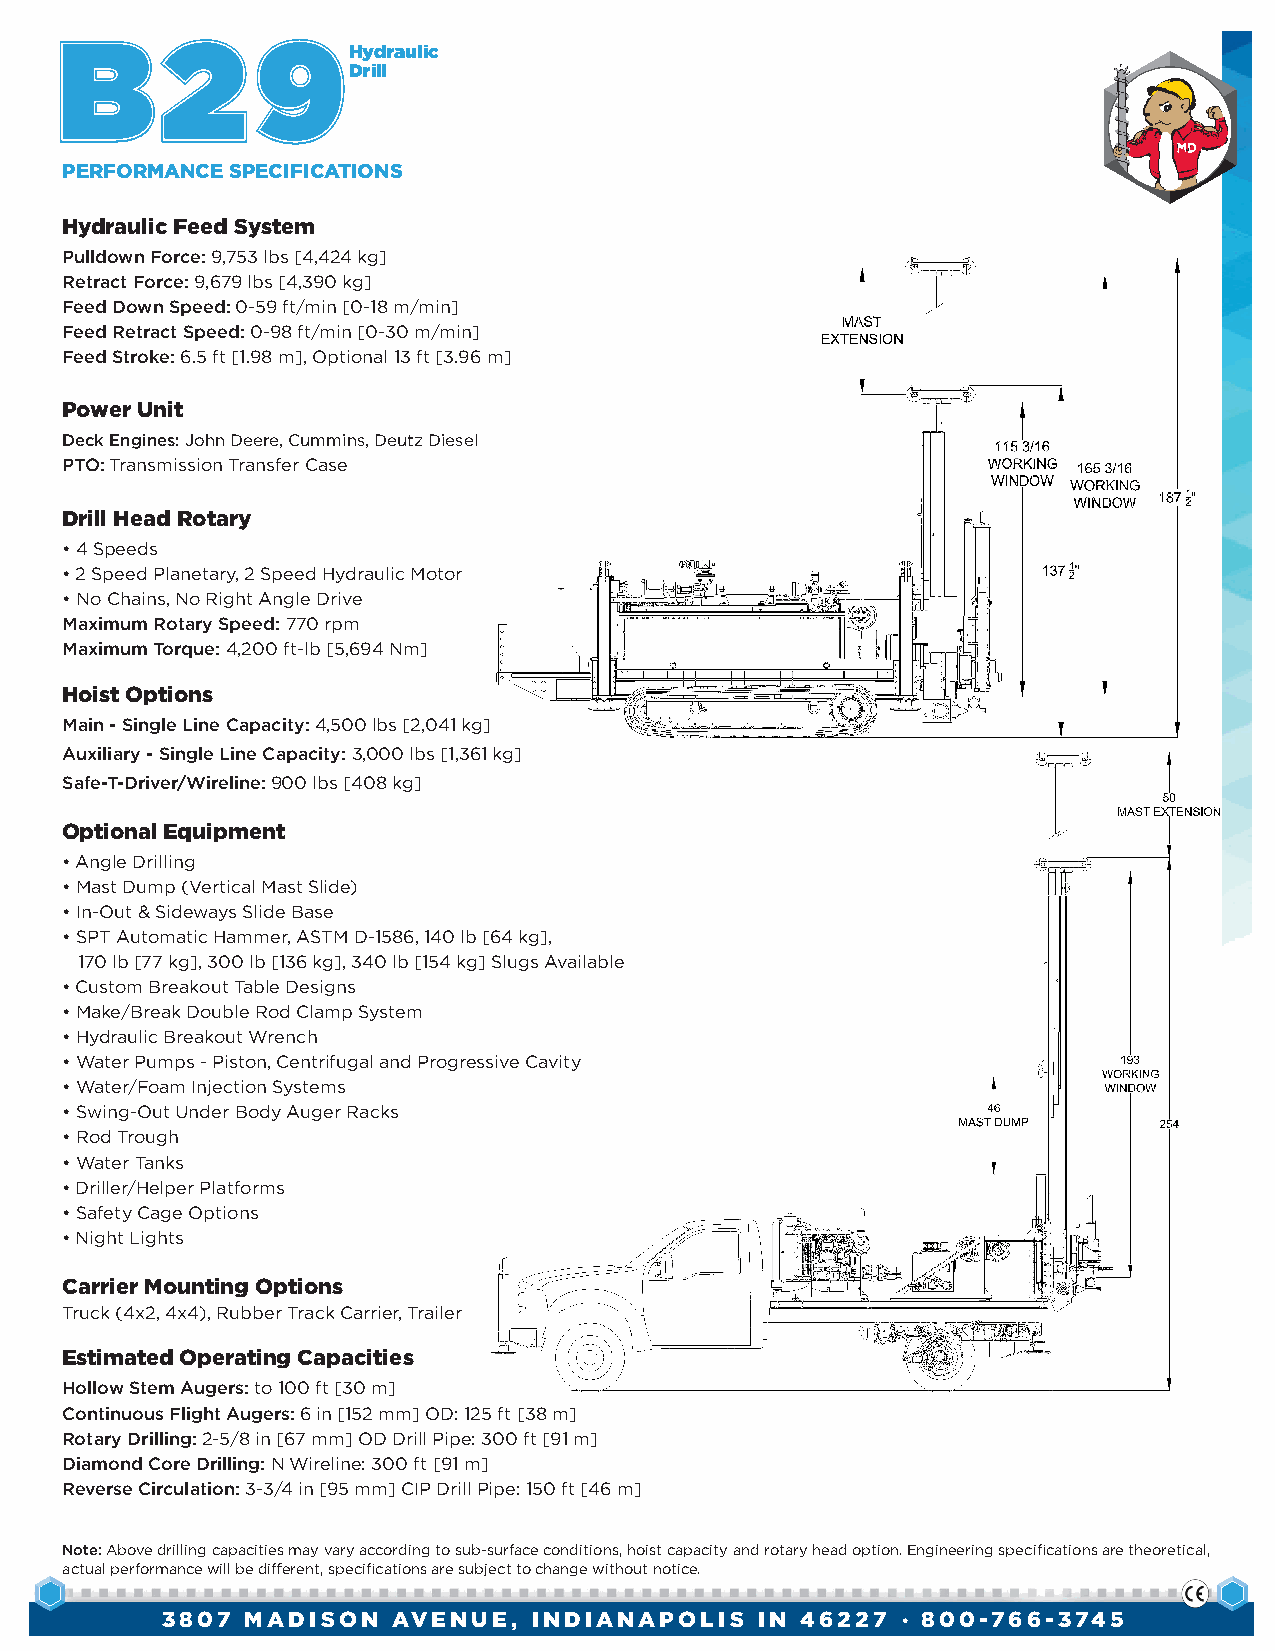
BB     22    99Hydraulic
 Drill
 PERFORMANCE SPECIFICATIONS
 Hydraulic Feed System
 Pulldown Force: 9,753 lbs [4,424 kg]
 Retract Force: 9,679 lbs [4,390 kg]
 Feed Down Speed: 0-59 ft/min [0-18 m/min]
 Feed Retract Speed: 0-98 ft/min [0-30 m/min]
 Feed Stroke: 6.5 ft [1.98 m], Optional 13 ft [3.96 m]
 Power Unit
 Deck Engines: John Deere, Cummins, Deutz Diesel
 PTO: Transmission Transfer Case
 Drill Head Rotary
 • 4 Speeds
 • 2 Speed Planetary, 2 Speed Hydraulic Motor
 • No Chains, No Right Angle Drive
 Maximum Rotary Speed: 770 rpm
 Maximum Torque: 4,200 ft-lb [5,694 Nm]
 Hoist Options
 Main - Single Line Capacity: 4,500 lbs [2,041 kg]
 Auxiliary - Single Line Capacity: 3,000 lbs [1,361 kg]
 Safe-T-Driver/Wireline: 900 lbs [408 kg]
 Optional Equipment
 • Angle Drilling
 • Mast Dump (Vertical Mast Slide)
 • In-Out & Sideways Slide Base
 • SPT Automatic Hammer, ASTM D-1586, 140 lb [64 kg],
 170 lb [77 kg], 300 lb [136 kg], 340 lb [154 kg] Slugs Available
 • Custom Breakout Table Designs
 • Make/Break Double Rod Clamp System
 • Hydraulic Breakout Wrench
 • Water Pumps - Piston, Centrifugal and Progressive Cavity
 • Water/Foam Injection Systems
 • Swing-Out Under Body Auger Racks
 • Rod Trough
 • Water Tanks
 • Driller/Helper Platforms
 • Safety Cage Options
 • Night Lights
 Carrier Mounting Options
 Truck (4x2, 4x4), Rubber Track Carrier, Trailer
 Estimated Operating Capacities
 Hollow Stem Augers: to 100 ft [30 m]
 Continuous Flight Augers: 6 in [152 mm] OD: 125 ft [38 m]
 Rotary Drilling: 2-5/8 in [67 mm] OD Drill Pipe: 300 ft [91 m]
 Diamond Core Drilling: N Wireline: 300 ft [91 m]
 Reverse Circulation: 3-3/4 in [95 mm] CIP Drill Pipe: 150 ft [46 m]
 Note: Above drilling capacities may vary according to sub-surface conditions, hoist capacity and rotary head option. Engineering specifications are theoretical,
 actual performance will be different, specifications are subject to change without notice.
 3807 MADISON   AVENUE,  INDIANAPOLIS   IN 46227  • 800-766-3745